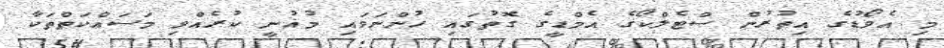
މި އެވޯޑުގެ އިތުރުން ސްޓެލްކޯގެ އެމްޑީގެ ގޮތުގައި ހުންނަވައި މުޣުނީ ކުރެއްވި މަސައްކަތްތަކާ